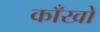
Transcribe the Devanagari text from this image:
काँखों